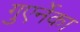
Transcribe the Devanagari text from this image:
गुएर्नेका